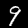
Label: 9